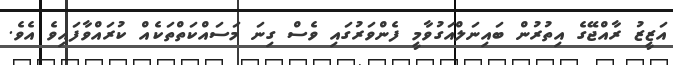
އަޒީޒު ރާއްޖޭގެ އިތުރުން ބައިނަލްއަގުވާމީ ފެންވަރުގައި ވެސް ގިނަ މަސައްކަތްތަކެއް ކުރައްވާފައިވެ އެވެ.